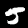
Digit: 5